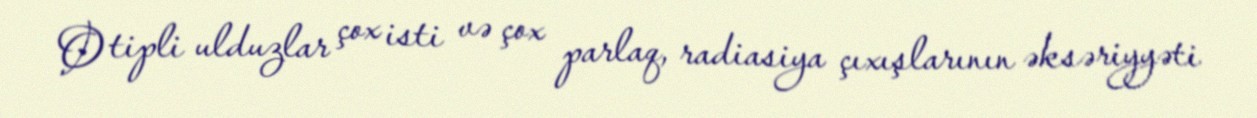
O tipli ulduzlar çox isti və çox parlaq, radiasiya çıxışlarının əksəriyyəti